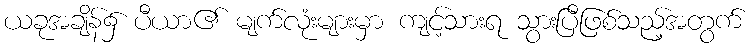
ယခုအချိန်၌ ပီယာ၏ မျက်လုံးများမှာ ကျင့်သားရ သွားပြီဖြစ်သည့်အတွက်